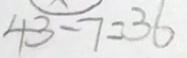
4 3 - 7 = 3 6